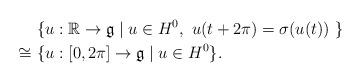
LaTeX: \begin{align*}&\{u: \mathbb{R} \rightarrow \mathfrak{g} \mid u \in H^0, \ u(t + 2 \pi) = \sigma (u(t)) \ \}\\\cong\ & \{u: [0, 2\pi] \rightarrow \mathfrak{g} \mid u \in H^0 \}.\end{align*}